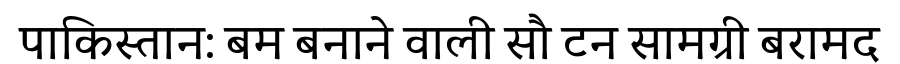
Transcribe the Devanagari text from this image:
पाकिस्तान: बम बनाने वाली सौ टन सामग्री बरामद